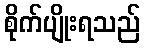
စိုက်ပျိုးရသည်